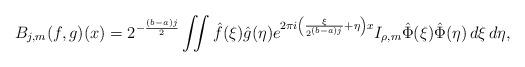
LaTeX: \begin{align*}B_{j,m}(f,g)(x)=2^{-\frac{(b-a)j}{2}}\iint \hat{f}(\xi)\hat{g}(\eta)e^{2\pi i\left(\frac{\xi}{2^{(b-a)j}}+\eta\right)x} I_{\rho,m}\hat{\Phi}(\xi)\hat{\Phi}(\eta)\,d\xi\,d\eta,\end{align*}